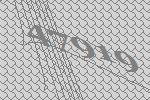
47919